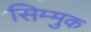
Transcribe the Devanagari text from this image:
सिम्मुक